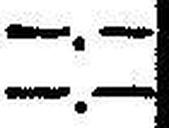
—.—